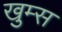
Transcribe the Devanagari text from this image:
खुम्स